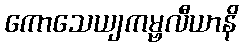
ကောသေယျကမ္ဗလီယာနိ